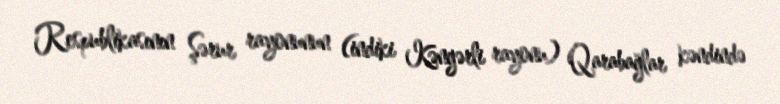
Respublikasının Şərur rayonunun (indiki Kəngərli rayonu) Qarabağlar kəndində